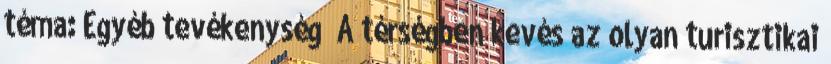
téma: Egyéb tevékenység ▪A térségben kevés az olyan turisztikai